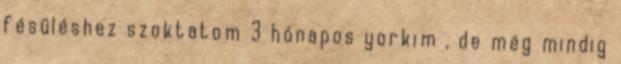
fésüléshez szoktatom 3 hónapos yorkim , de még mindig